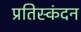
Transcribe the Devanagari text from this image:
प्रतिस्कंदन